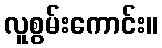
လူစွမ်းကောင်း။